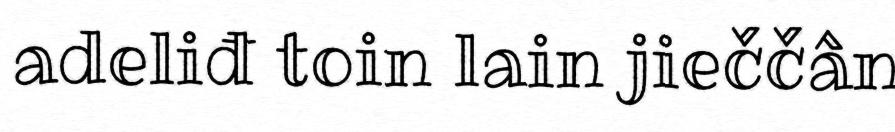
adeliđ toin lain jieččân